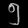
Digit: ၅